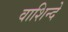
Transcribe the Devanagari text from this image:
वाशिन्दे